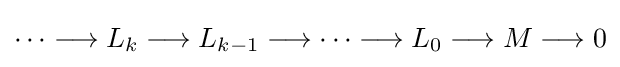
\cdots \longrightarrow L_{k}\longrightarrow L_{k-1}\longrightarrow \cdots \longrightarrow L_{0}\longrightarrow M\longrightarrow 0